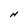
Character: H